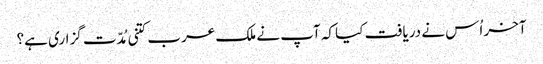
آخر اُس نے دریافت کیا کہ آپ نے ملک عرب کتنی مُدّت گزاری ہے؟